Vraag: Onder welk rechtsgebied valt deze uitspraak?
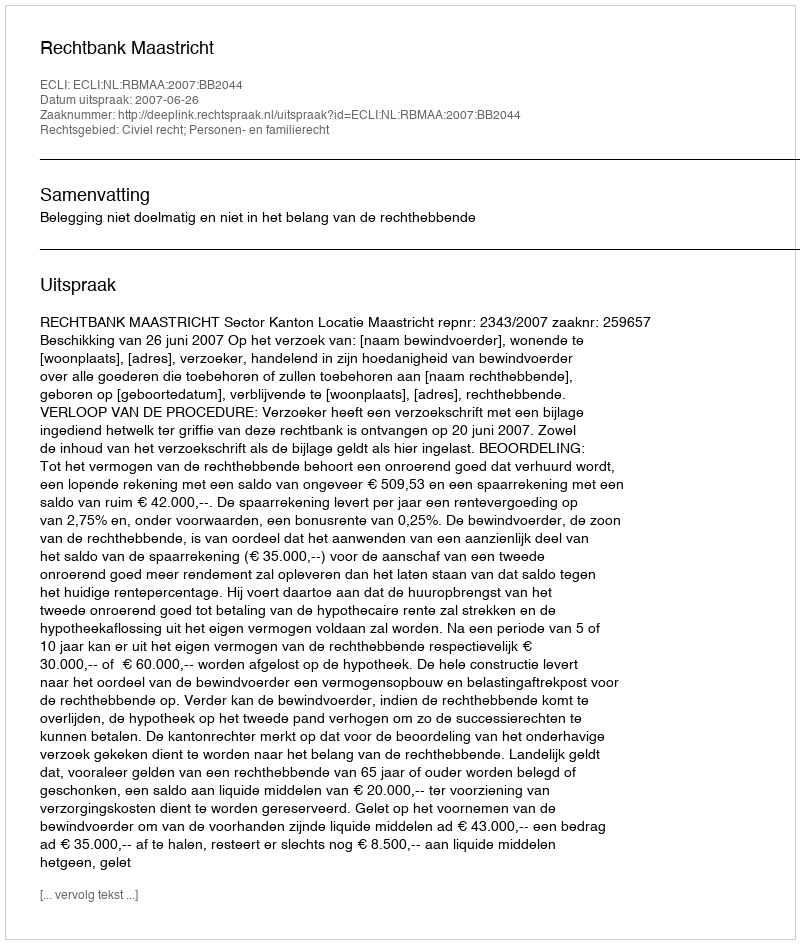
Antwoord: Civiel recht; Personen- en familierecht